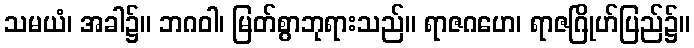
သမယံ၊ အခါ၌။ ဘဂဝါ၊ မြတ်စွာဘုရားသည်။ ရာဇဂဟေ၊ ရာဇဂြိုဟ်ပြည်၌။